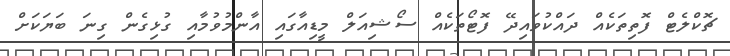
ޗޮކްލެޓް ފޮތިތަކެއް ދައްކުވައިދޭ ފޮޓޯތަކެއް ސޯޝިއަލް މީޑިއާގައި އާންމުވުމާއި ގުޅިގެން ގިނަ ބަޔަކަށް